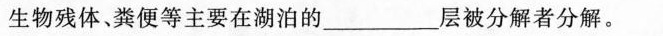
生物残体、粪便等主要在湖泊的______层被分解者分解。